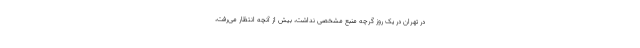
در تهران در یک روز گرچه منبع مشخصی نداشت، بیش از آنچه انتظار می‌رفت،